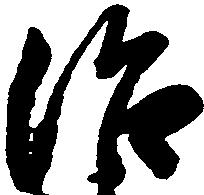
治